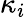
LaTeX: \kappa_{i}